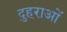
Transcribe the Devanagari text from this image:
दुहराओं